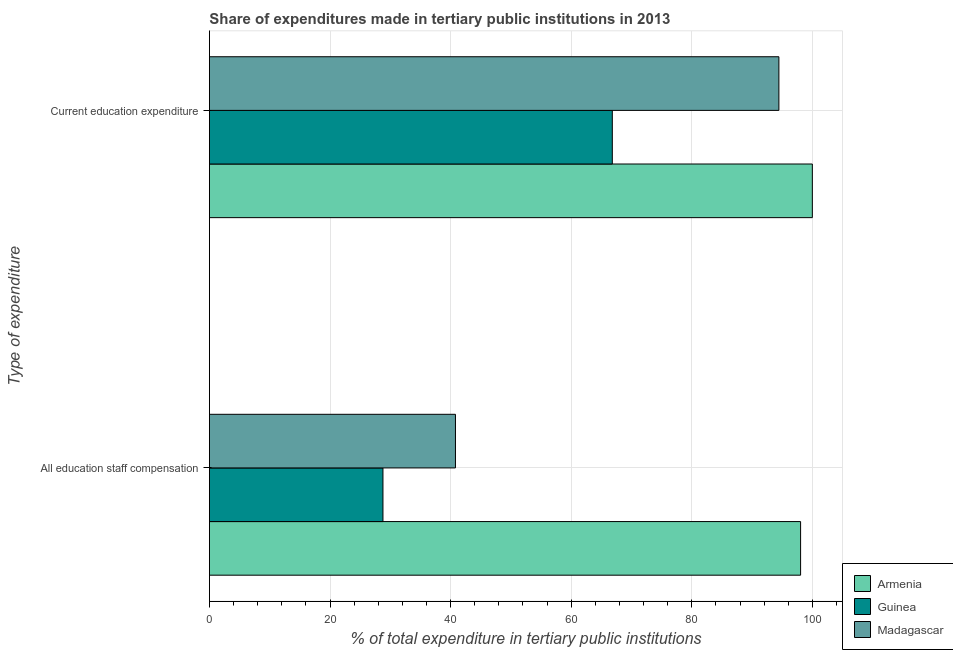
| Type of expenditure | Armenia | Guinea | Madagascar |
 | --- | --- | --- | --- |
 | All education staff compensation | 98.1 | 28.8 | 40.8 |
 | Current education expenditure | 100 | 66.8 | 94.5 |